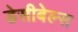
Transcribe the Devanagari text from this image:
डेसीबेल्स